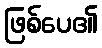
ဖြစ်ပေ၏